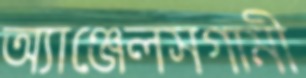
অ্যাঞ্জেলসগামী